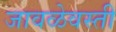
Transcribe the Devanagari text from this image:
जावळेवस्ती